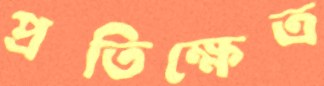
প্রতিক্ষেত্র